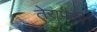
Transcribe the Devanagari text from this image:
तेरापैकी